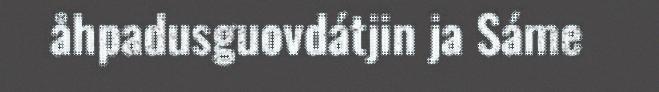
åhpadusguovdátjin ja Sáme